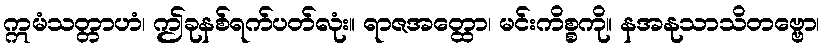
ဣမံသတ္တာဟံ၊ ဤခုနစ်ရက်ပတ်လုံး။ ရာဇအတ္ထော၊ မင်းကိစ္စကို။ နအနုသာသိတဗ္ဗော၊